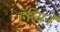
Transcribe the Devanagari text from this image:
हॅरिसने